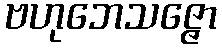
ဗဟုဘေသဇ္ဇော